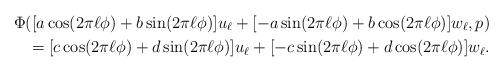
LaTeX: \begin{align*}\Phi([a\cos(2\pi \ell\phi) + b \sin(2\pi \ell \phi)] u_\ell + [-a\sin(2\pi \ell \phi) + b \cos(2\pi \ell \phi)]w_\ell,p) \\= [c\cos(2\pi \ell\phi) + d \sin(2\pi \ell \phi)] u_\ell + [-c\sin(2\pi \ell \phi) + d \cos(2\pi \ell \phi)]w_\ell.\end{align*}